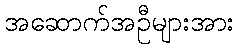
အဆောက်အဦများအား